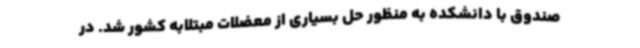
صندوق با دانشکده به منظور حل بسیاری از معضلات مبتلابه کشور شد. در